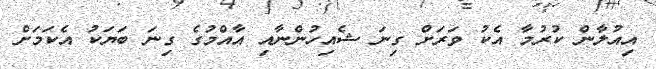
އިއުލާން ކުރުމާ އެކު ވަރަށް ގިނަ ޝެއިހުންނާއި އާއްމުގެ ގިނަ ބަޔަކު އެކަމަށް